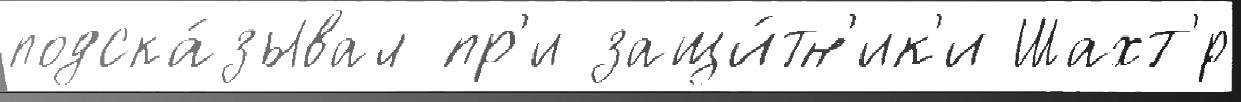
подска́зывал пр'и защи́тн'ик'и Шахт'́р